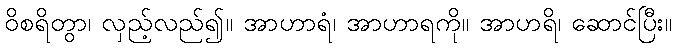
ဝိစရိတွာ၊ လှည့်လည်၍။ အာဟာရံ၊ အာဟာရကို။ အာဟရိ၊ ဆောင်ပြီး။